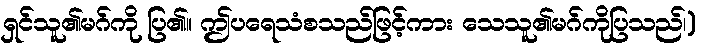
ရှင်သူ၏မဂ်ကို ပြ၏။ ဤပရေသံစသည်ဖြင့်ကား သေသူ၏မဂ်ကိုပြသည်၊)